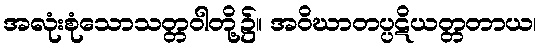
အလုံးစုံသောသတ္တဝါတို့၌။ အဝိဃာတပ္ပဋိယတ္တတာယ၊